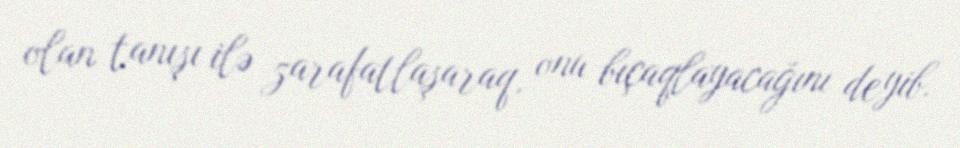
olan tanışı ilə zarafatlaşaraq, onu bıçaqlayacağını deyib.